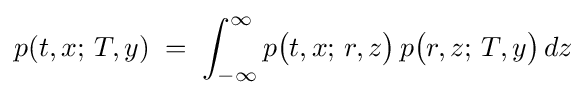
p(t,x;\,T,y)\;=\;\int _{-\infty }^{\infty }p{\bigl (}t,x;\,r,z{\bigr )}\,p{\bigl (}r,z;\,T,y{\bigr )}\,dz